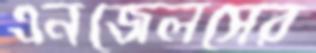
এনজেলসের